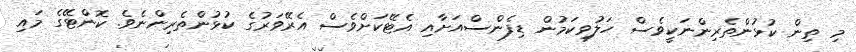
މި ތިން ކުޅުންތެރިންނަކީވެސް ހަލުވިކަމުން ޑިފެންސްއަށާއި އެޓޭކަށްވެސް އެރޭވަރުގެ ކުޅުންތެރިންނެވެ. ކޮންޓޭގެ މައި